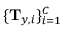
\{ \mathbf { T } _ { \boldsymbol { y } , i } \} _ { i = 1 } ^ { C }